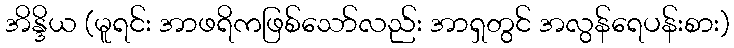
အိန္ဒိယ (မူရင်း အာဖရိကဖြစ်သော်လည်း အာရှတွင် အလွန်ရေပန်းစား)